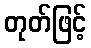
တုတ်ဖြင့်